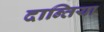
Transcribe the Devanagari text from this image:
दान्तिया